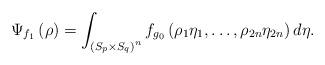
LaTeX: \begin{align*}\Psi_{f_{1}}\left(\rho\right)=\int_{\left(S_{p}\times S_{q}\right)^{n}}f_{g_{0}}\left(\rho_{1}\eta_{1},\dots,\rho_{2n}\eta_{2n}\right)d\eta.\end{align*}